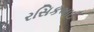
રસિકભાઈ